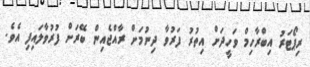
ރިޕޯޓަރު އިބްރާހިމް ވަހީދަށް އިތުރު ފަރުވާ ދިނުމަށް ރާއްޖެއިން ބޭރަށް ފުރުވާލައިފި އެވެ.